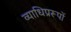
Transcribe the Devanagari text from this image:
व्याधिप्ररूपों